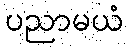
ပညာမယံ